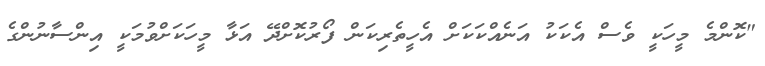
"ކޮންމެ މީހަކީ ވެސް އެކަކު އަނެއްކަކަށް އެހީތެރިކަން ފޯރުކޮށްދޭ އަޅާ މީހަކަށްވުމަކީ އިންސާނުންގެ